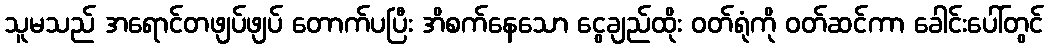
သူမသည် အရောင်တဖျပ်ဖျပ် တောက်ပပြီး အိစက်နေသော ငွေချည်ထိုး ဝတ်ရုံကို ဝတ်ဆင်ကာ ခေါင်းပေါ်တွင်